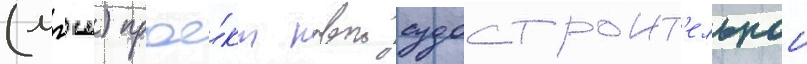
(мгш) прое́кт новои судостроит'ельнои